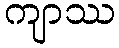
ကျာဿ